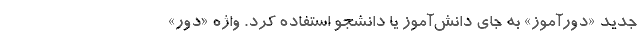
جدید «دور‌آموز» به جای دانش‌آموز یا دانشجو استفاده کرد. واژه «دور»